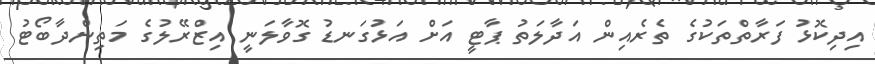
އިދިކޮޅު ފަރާތްތަކުގެ ތެރެއިން އަދާލަތު ޕާޓީ އަށް އަޅުގަނޑު ގޮވާލަނީ އިޒްރޭލުގެ މަތިންދާބޯޓު